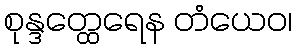
စုန္ဒတ္ထေရေန တံယေဝ၊